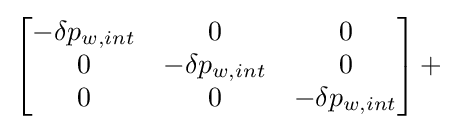
\left[{\begin{matrix}{-\delta p_{w,int}}&0&0\\0&{-\delta p_{w,int}}&0\\0&0&{-\delta p_{w,int}}\\\end{matrix}}\right]+